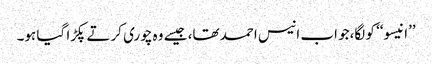
’’انیسو‘‘ کو لگا،جو اب انیس احمد تھا، جیسے وہ چوری کرتے پکڑا گیا ہو۔